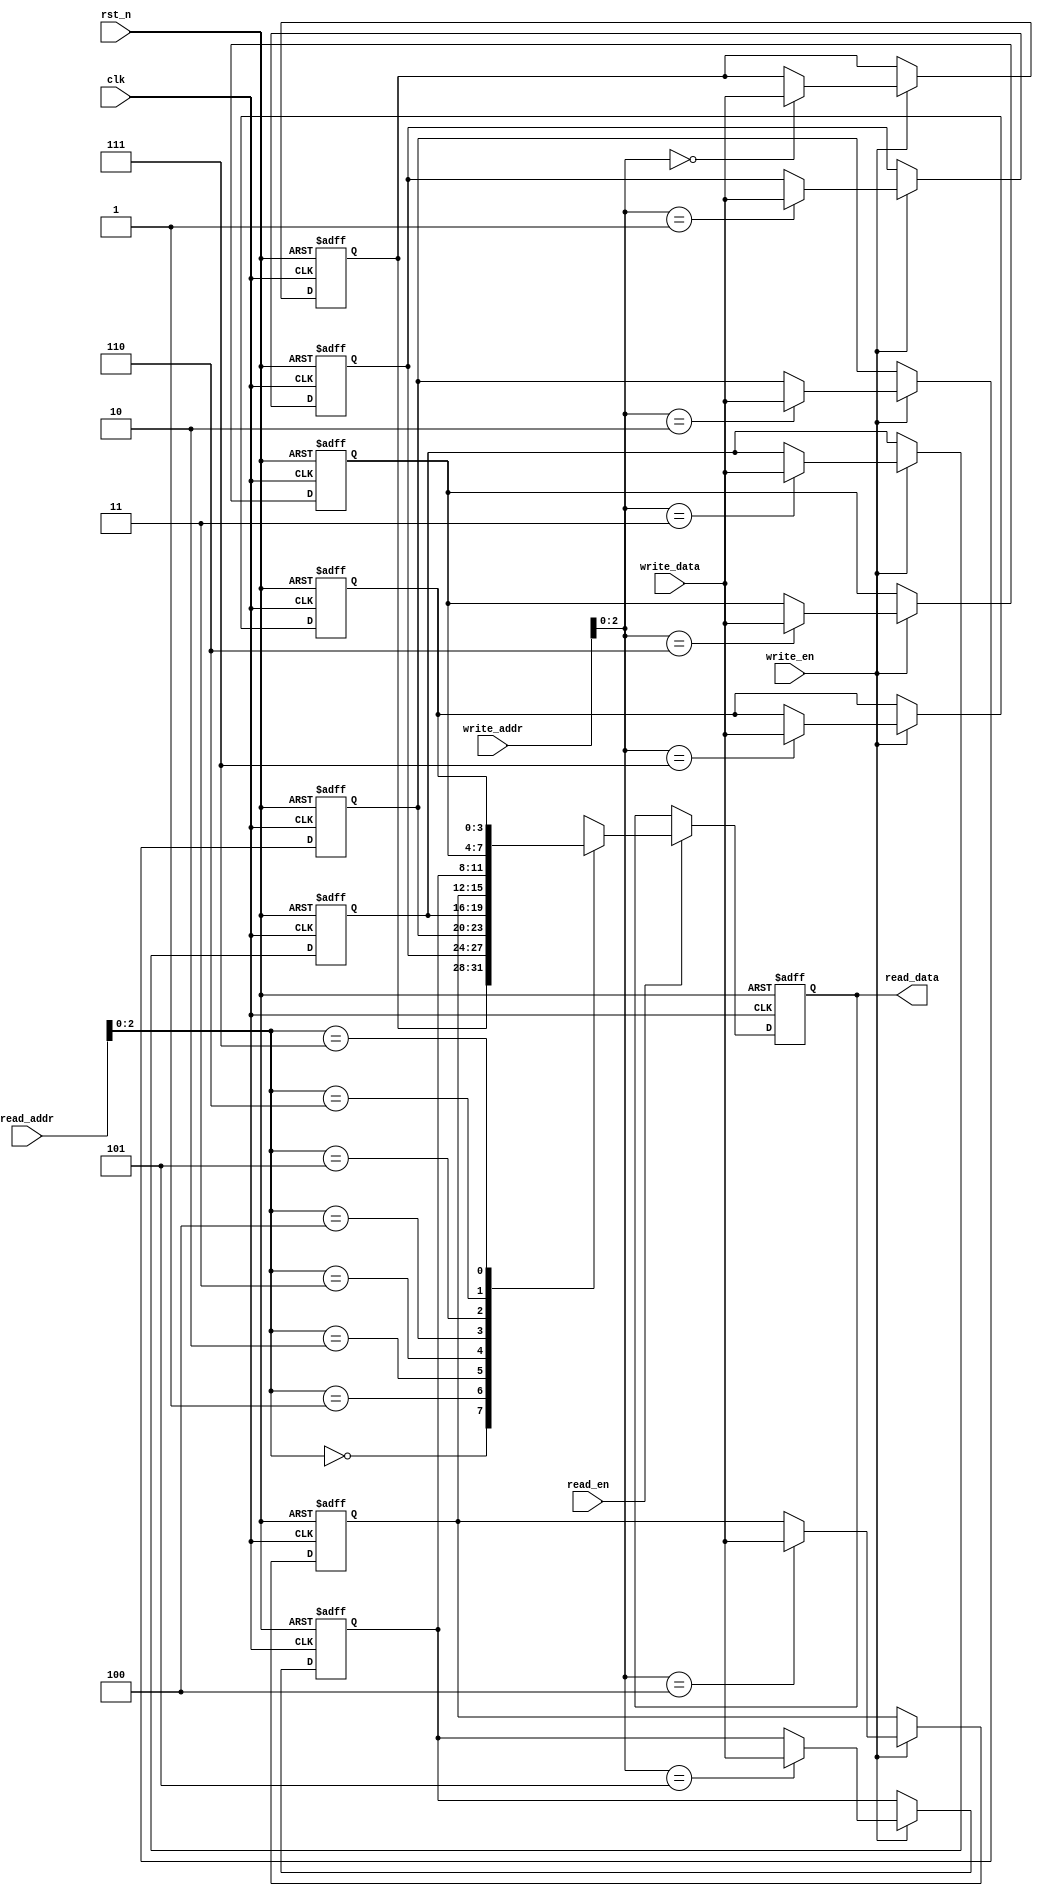
`timescale 1ns/1ns
module ram_mod(
	input clk,
	input rst_n,
	
	input write_en,
	input [7:0]write_addr,
	input [3:0]write_data,
	
	input read_en,
	input [7:0]read_addr,
	output reg [3:0]read_data
);
	reg [3:0] ram [7:0];

    //wri
    integer ii;
    always  @(posedge clk or negedge rst_n)begin
        if(rst_n==1'b0)begin
            for (ii = 0; ii < 8; ii = ii + 1) begin
                ram[ii] <= 0;
            end
        end
        else begin
            if (write_en) begin
                ram[write_addr] <= write_data;
            end
        end
    end

    always  @(posedge clk or negedge rst_n)begin
        if(rst_n==1'b0)begin
            read_data <= 0;
        end
        else if(read_en) begin
            read_data <= ram[read_addr];
        end
    end

    
endmodule